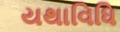
યથાવિધિ